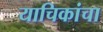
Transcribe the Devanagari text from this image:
याचिकांचा